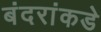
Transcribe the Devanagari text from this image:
बंदरांकडे